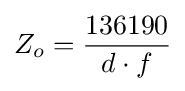
Z_{o}={\frac {136190}{d\cdot f}}